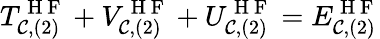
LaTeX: T_{\mathcal{C},(2)}^{\mathrm{{~H~F~}}}+V_{\mathcal{C},(2)}^{\mathrm{{~H~F~}}}+U_{\mathcal{C},(2)}^{\mathrm{{~H~F~}}}=E_{\mathcal{C},(2)}^{\mathrm{{~H~F~}}}